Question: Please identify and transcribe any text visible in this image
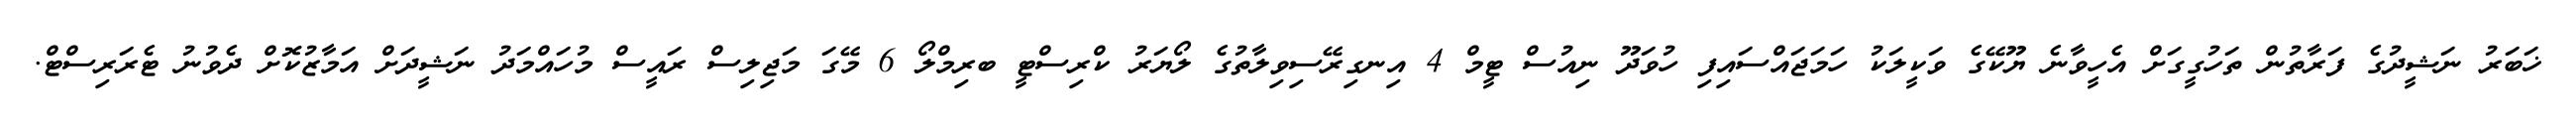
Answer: ޚަބަރު ނަޝީދުގެ ފަރާތުން ތަހުގީގަށް އެހީވާނެ ޔޫކޭގެ ވަކީލަކު ހަމަޖައްސައިފި ހުވަދޫ ނިއުސް ޓީމް 4 އިނގިރޭސިވިލާތުގެ ލޯޔަރު ކްރިސްޓީ ބރިމްލޯ 6 މޭގަ މަޖިލިސް ރައީސް މުހައްމަދު ނަޝީދަށް އަމާޒުކޮށް ދެވުނު ޓެރަރިސްޓް.